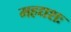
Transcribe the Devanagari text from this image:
महद्यशः